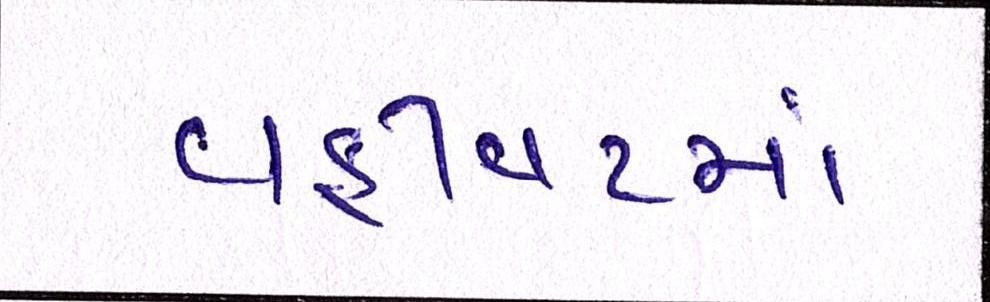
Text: વહીવટમાં